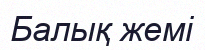
Балық жемі